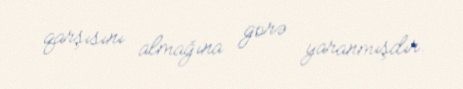
qarşısını almağına görə yaranmışdır.